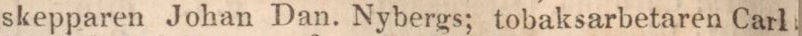
skepparen Johan Dan. Nybergs; tobaksarbetaren Carl